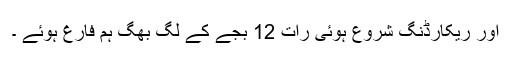
اور ریکارڈنگ شروع ہوئی رات 12 بجے کے لگ بھگ ہم فارغ ہوئے ۔